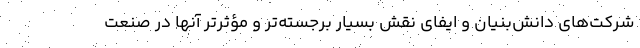
شرکت‌های دانش‌بنیان و ایفای نقش بسیار برجسته‌تر و مؤثرتر آنها در صنعت